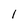
Character: I